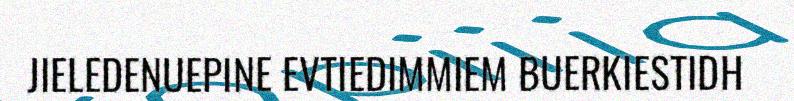
JIELEDENUEPINE EVTIEDIMMIEM BUERKIESTIDH